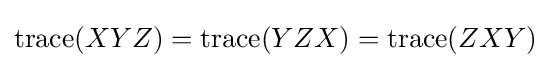
\operatorname {trace} (XYZ)=\operatorname {trace} (YZX)=\operatorname {trace} (ZXY)